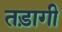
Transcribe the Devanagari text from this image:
तड़ागी